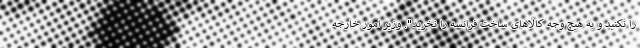
را نکنید و به هیچ وجه کالاهای ساخت فرانسه را نخرید". وزیر امور خارجه